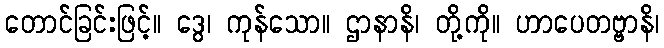
တောင်ခြင်းဖြင့်။ ဒွေ၊ ကုန်သော။ ဌာနာနိ၊ တို့ကို။ ဟာပေတဗ္ဗာနိ၊